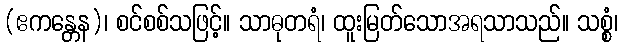
(ဧကန္တေန)၊ စင်စစ်သဖြင့်။ သာဓုတရံ၊ ထူးမြတ်သောအရသာသည်။ သစ္စံ၊